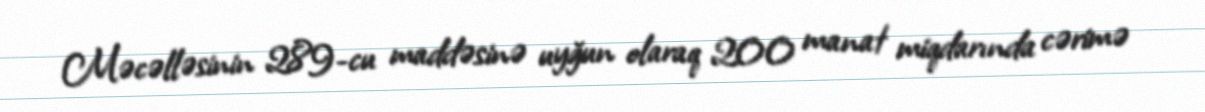
Məcəlləsinin 289-cu maddəsinə uyğun olaraq 200 manat miqdarında cərimə